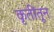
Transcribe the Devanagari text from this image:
कृतींतून